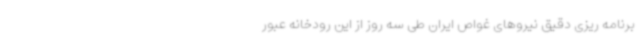
برنامه ریزی دقیق نیروهای غواص ایران طی سه روز از این رودخانه عبور